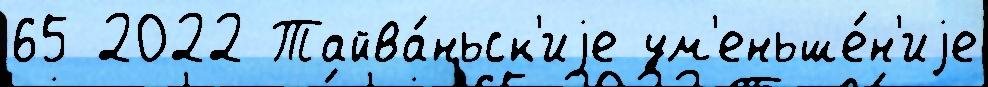
65 2022 Тайва́ньск'иjе ум'еньше́н'иjе